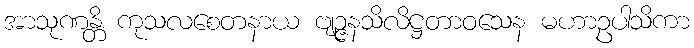
အာသုဏန္တိ ကုသလစေတနာယ ဗျဉ္ဇနသိလိဋ္ဌတာဝသေန မဟာဥပါသိကာ